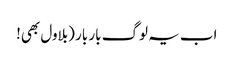
اب یہ لوگ بار بار (بلاول بھی!